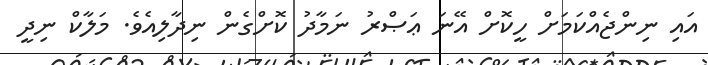
އައި ނިންޖެއްކަމަށް ހީކޮށް އޭނަ ޢަޞްރު ނަމާދު ކޮށްގެން ނިދާލިއެވެ. މަލާކް ނިދީ